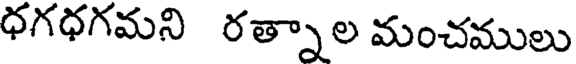
ధగధగమని రత్నాల మంచములు